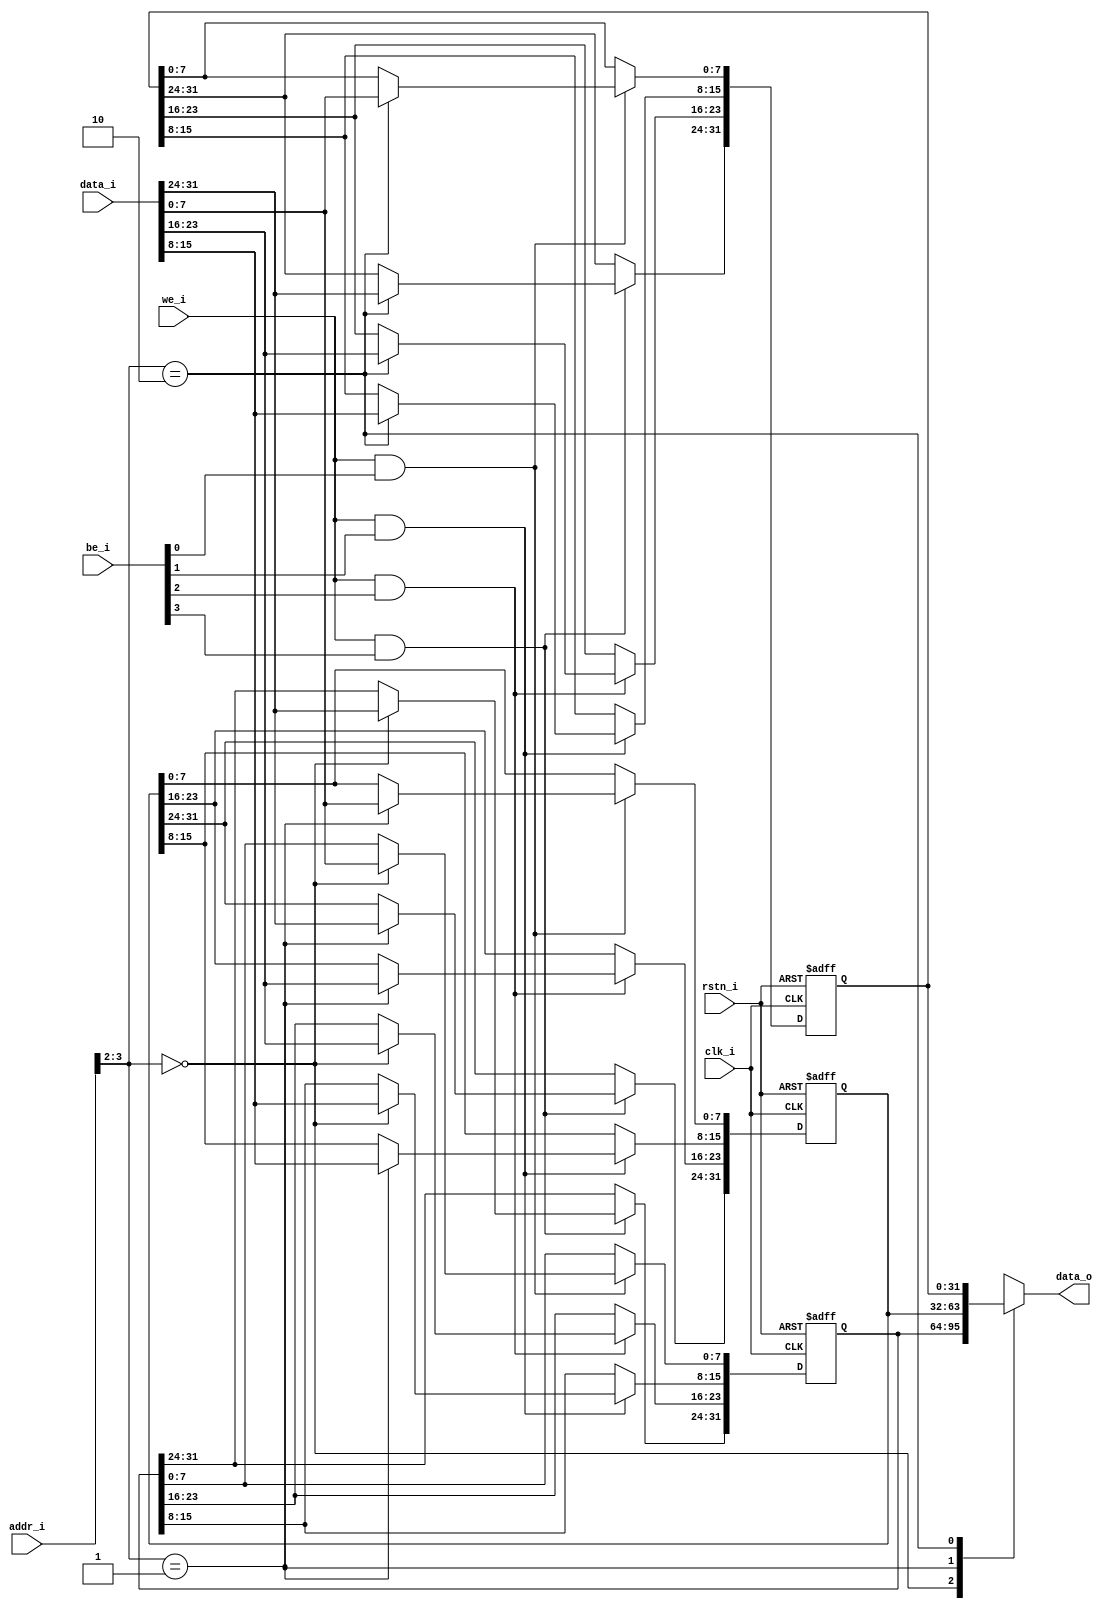
//`timescale 1ns / 1ps


module LED_reg(
    input clk_i,
    input rstn_i,
    
    input [31:0] addr_i,
    input [31:0] data_i,
    input [3:0] be_i,
    input we_i,
    
    output [31:0] data_o
);
reg [31:0] mem [0:2];


assign data_o = mem[addr_i[3:2]];

always @(posedge clk_i or posedge rstn_i) begin    
    
    if (rstn_i) begin
        mem[0] <= 0;
        mem[1] <= 0;
        mem[2] <= 0;
    end
    else begin
        if(we_i && be_i[0])
        mem [addr_i[3:2]] [7:0]  <= data_i[7:0];
        
        if(we_i && be_i[1])
        mem [addr_i[3:2]] [15:8] <= data_i[15:8];
        
        if(we_i && be_i[2])
        mem [addr_i[3:2]] [23:16] <= data_i[23:16];
        
        if(we_i && be_i[3])
        mem [addr_i[3:2]] [31:24] <= data_i[31:24];
    end
end



endmodule